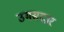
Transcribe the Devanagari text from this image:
उमसदार